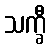
သက္ခီ